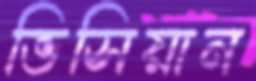
ভিসিয়ান